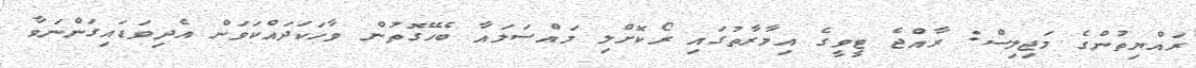
ރައްޔިތުންގެ މަޖިލިސް: ރާއްޖެ ޓީވީގެ އިމާރާތުގައި ރޯކޮށްލި މައްސަލައާ ބެހޭގޮތުން ވާހަކަދައްކަވަން އެދިވަޑައިގަންނަވާ